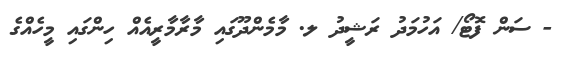
- ސަން ފޮޓޯ/ އަހުމަދު ރަޝީދު ލ. މާމެންދޫގައި މާރާމާރީއެއް ހިންގައި މީހެއްގެ